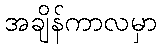
အချိန်ကာလမှာ